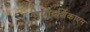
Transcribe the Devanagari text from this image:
मार्गदर्शिकाएम